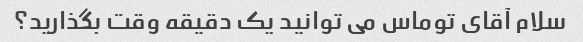
سلام آقای توماس می توانید یک دقیقه وقت بگذارید؟